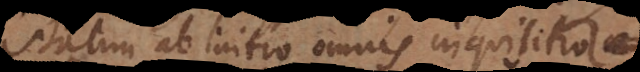
statim ab initio omnis inquisitio